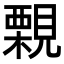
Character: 𧢀